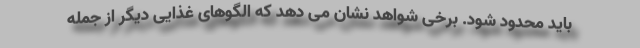
باید محدود شود. برخی شواهد نشان می دهد که الگوهای غذایی دیگر از جمله